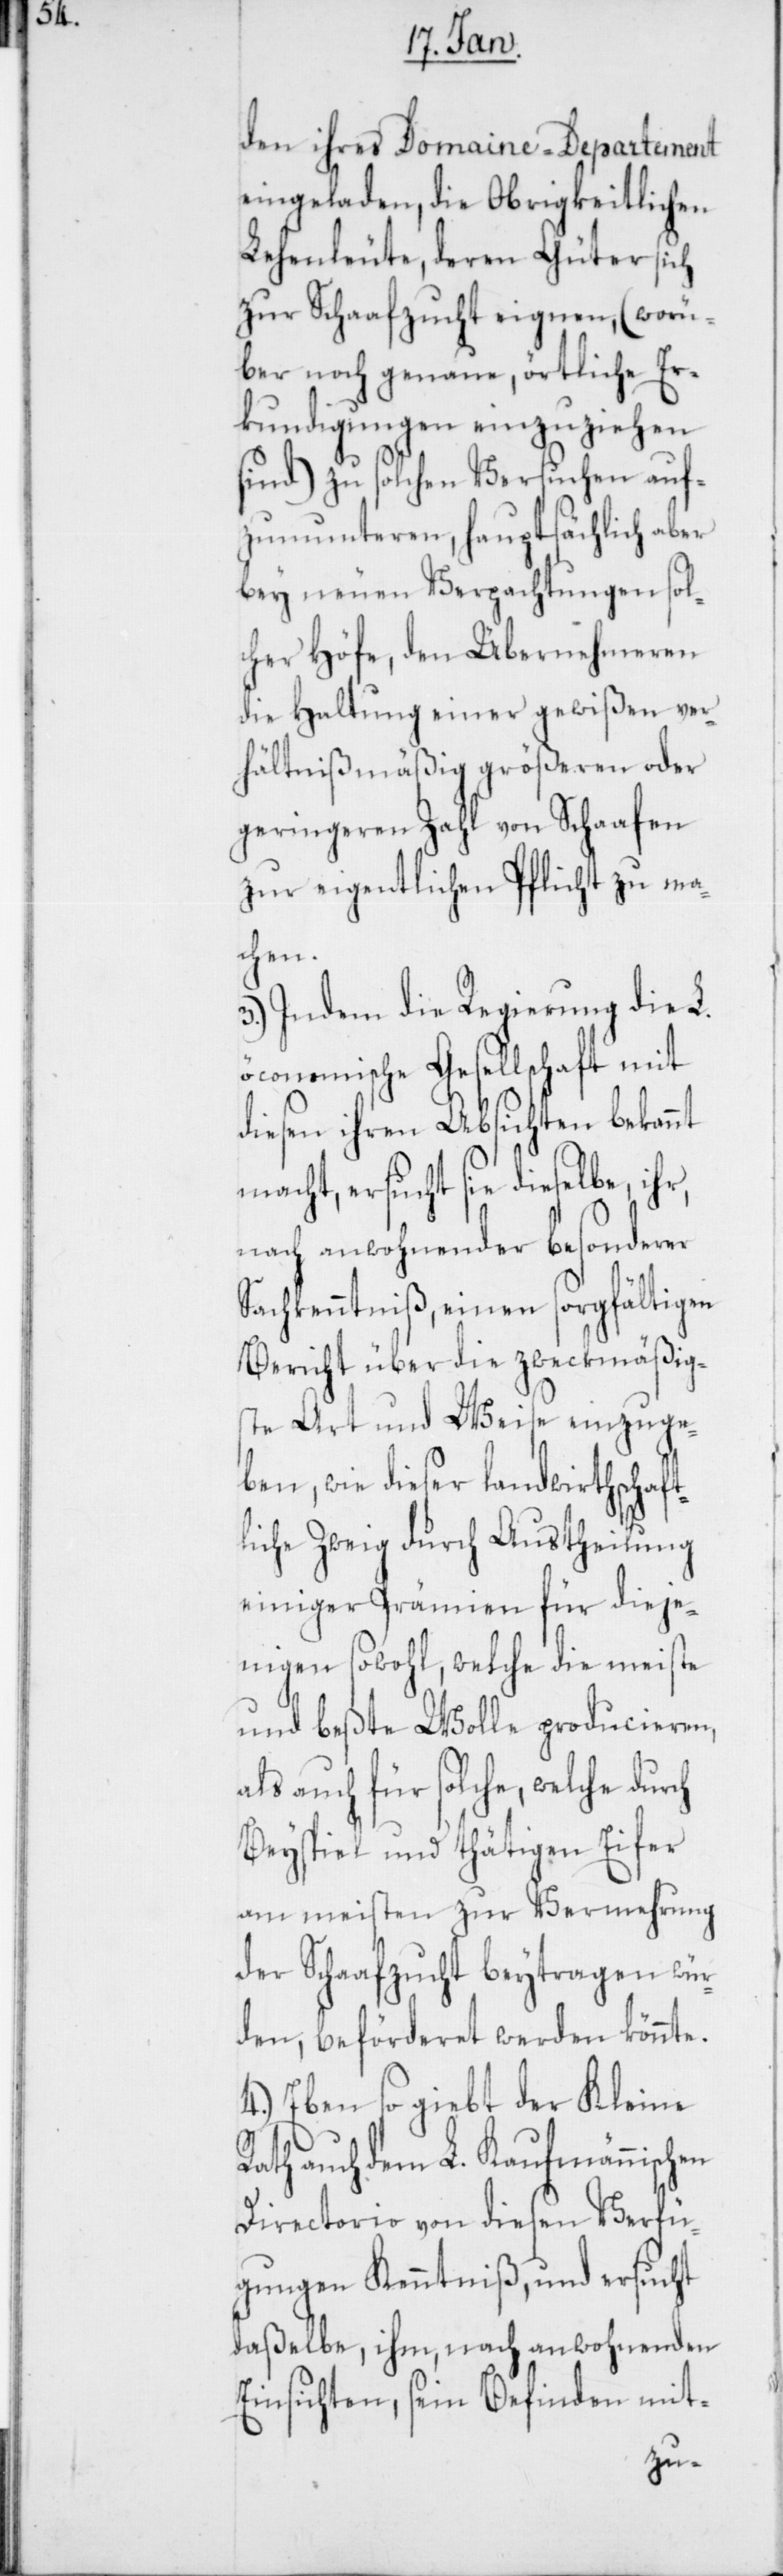
den ihres Domaine-Departement
eingeladen, die Obrigkeitlichen
Lehenleute, deren Güter sich
zur Schaafzucht eignen (worü¬
ber noch genaue, örtliche Er¬
kundigungen einzuziehen
sind), zu solchen Versuchen auf¬
zumunteren, hauptsächlich aber
bey neuen Verpachtungen sol¬
cher Höfe, den Übernehmeren
die Haltung einer gewißen ver¬
hältnißmäßig größeren oder
geringeren Zahl von Schaafen
zur eigentlichen Pflicht zu ma¬
ch
3.) Indem die Regierung die L.
öconomische Gesellschaft mit
diesen ihren Absichten bekannt
macht, ersucht sie dieselbe, ihr,
nach anwohnender besonderer
Sachkenntniß, einen sorgfältigen
Bericht über die zweckmäßigs¬
te Art und Weise einzuge¬
ben, wie dieser landwirthschaft¬
liche Zweig durch Austheilung
einiger Prämien für dieje¬
nigen sowohl, welche die meiste
und beste Wolle producieren,
als auch für solche, welche dur¬
Beyspiel und thätigen Eifer
am meisten zur Vermehrung
der Schaafzucht beiytragen wür¬
den, beförderet werden könnte.
4.) Eben so giebt der Kleine
auch dem L. Kaufmännischen
Directorio von diesen Verfü¬
gungen Kenntniß, und ersucht
daßelbe, ihm nach anwohnenden
Einsichten, sein Befinden mit-